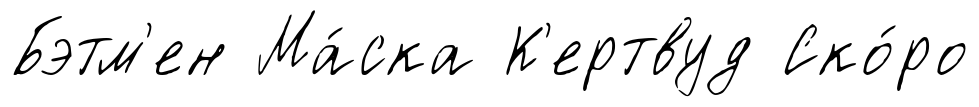
Бэтм'ен Ма́ска К'ертвуд Ско́ро